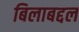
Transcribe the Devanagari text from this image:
बिलाबद्दल